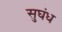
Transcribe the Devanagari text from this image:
सुघंध